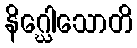
နိဂ္ဃေါသောတိ